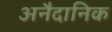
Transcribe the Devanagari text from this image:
अनैदानिक